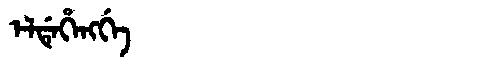
Manchu: ᡝᠯᡩᡝᡥᡝᠩᡤᡝ
Romanization: ELDEHENGGE